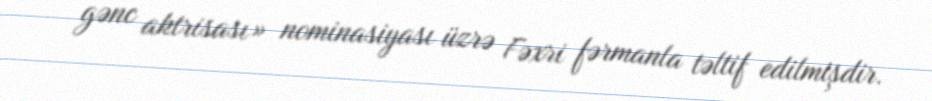
gənc aktrisası» nominasiyası üzrə Fəxri fərmanla təltif edilmişdir.